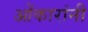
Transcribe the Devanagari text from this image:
ओंकारांनी